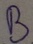
Text: B